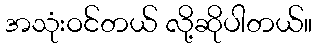
အသုံးဝင်တယ် လို့ဆိုပါတယ်။